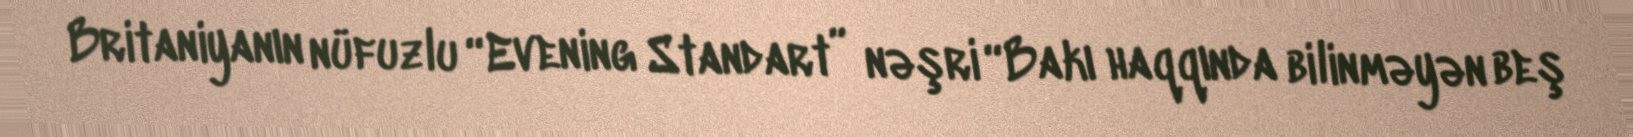
Britaniyanın nüfuzlu “Evening Standart” nəşri “Bakı haqqında bilinməyən beş